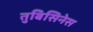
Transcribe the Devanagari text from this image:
तुबिसिनेस